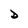
Character: D